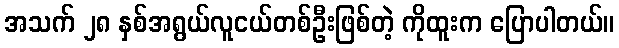
အသက် ၂၈ နှစ်အရွယ်လူငယ်တစ်ဦးဖြစ်တဲ့ ကိုထူးက ပြောပါတယ်။